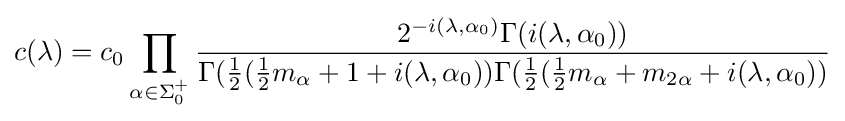
c(\lambda )=c_{0}\prod _{\alpha \in \Sigma _{0}^{+}}{2^{-i(\lambda ,\alpha _{0})}\Gamma (i(\lambda ,\alpha _{0})) \over \Gamma ({1 \over 2}({1 \over 2}m_{\alpha }+1+i(\lambda ,\alpha _{0}))\Gamma ({1 \over 2}({1 \over 2}m_{\alpha }+m_{2\alpha }+i(\lambda ,\alpha _{0}))}